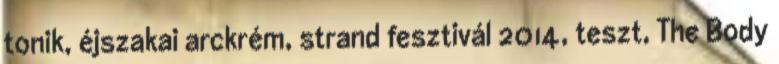
tonik, éjszakai arckrém, strand fesztivál 2014, teszt, The Body